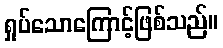
ရှုပ်သောကြောင့်ဖြစ်သည်။